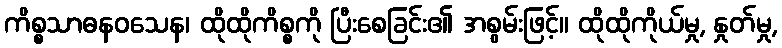
ကိစ္စသာဓနဝသေန၊ ထိုထိုကိစ္စကို ပြီးစေခြင်း၏ အစွမ်းဖြင့်။ ထိုထိုကိုယ်မှု, နှုတ်မှု,